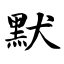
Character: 默